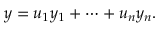
y = u _ { 1 } y _ { 1 } + \cdots + u _ { n } y _ { n } .